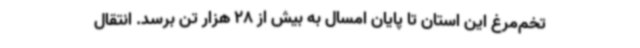
تخم‌مرغ این استان تا پایان امسال به بیش از 28 هزار تن برسد. انتقال